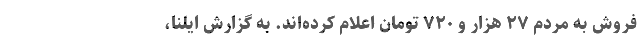
فروش به مردم ۲۷ هزار و ۷۲۰ تومان اعلام کرده‌اند. به گزارش ایلنا،